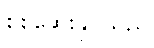
စစ်ဆေးနိုင်သည်